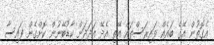
އެގޮތުން އޭގެ ބައެއް ވައިރަސްތައް އޭތި އެދޭ އަދަދަށް ކާޑުބޭނުން ކޮށްގެން ފައިސާ